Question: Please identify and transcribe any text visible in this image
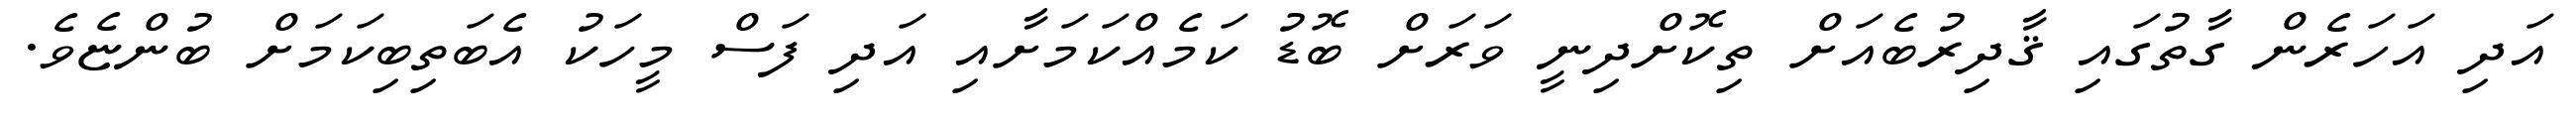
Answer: އަދި އަހަރެން ގާތުގައި ޤާދިރުބެއަށް ތިކޮށްދިނީ ވަރަށް ބޮޑު ކަމެއްކަމަށާއި އަދި ފަސް މީހަކު އެބަތިބިކަމަށް ބުންޏެވެ.